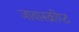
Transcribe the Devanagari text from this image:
जावास्क्रीप्ट